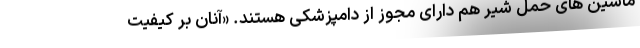
ماشین های حمل شیر هم دارای مجوز از دامپزشکی هستند. «آنان بر کیفیت